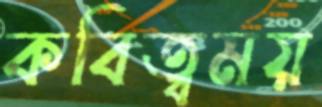
কবিত্বময়